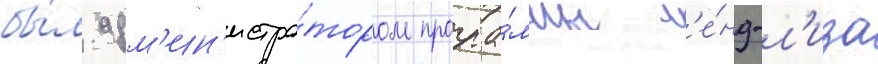
бы́л адм'ин'истра́тором програ́ммы л'е́нд-л'иза